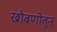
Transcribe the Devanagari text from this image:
खोबणीतून